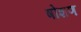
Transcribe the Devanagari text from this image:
षोशण